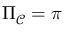
\Pi _ { \mathcal { C } } = \pi